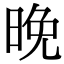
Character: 晚